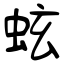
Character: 蚿